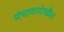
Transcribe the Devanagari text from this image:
मंचावरदेखील